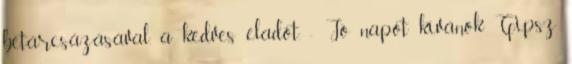
betárcsázásával, a kedves eladót. - Jó napot kívánok Gipsz